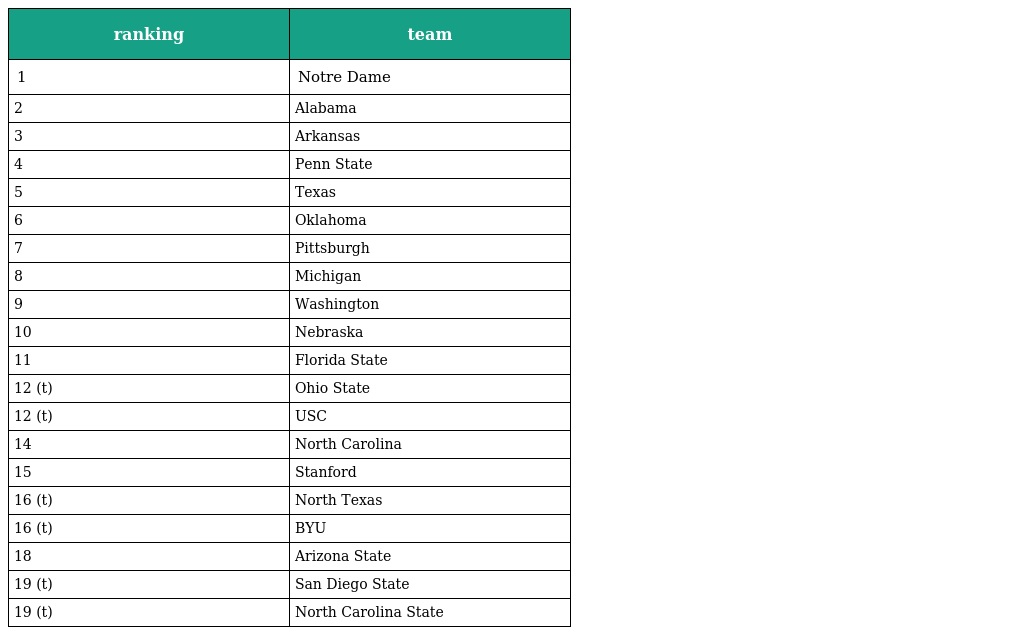
| ranking | team |
 | --- | --- |
 | 1 | Notre Dame |
 | 2 | Alabama |
 | 3 | Arkansas |
 | 4 | Penn State |
 | 5 | Texas |
 | 6 | Oklahoma |
 | 7 | Pittsburgh |
 | 8 | Michigan |
 | 9 | Washington |
 | 10 | Nebraska |
 | 11 | Florida State |
 | 12 (t) | Ohio State |
 | 12 (t) | USC |
 | 14 | North Carolina |
 | 15 | Stanford |
 | 16 (t) | North Texas |
 | 16 (t) | BYU |
 | 18 | Arizona State |
 | 19 (t) | San Diego State |
 | 19 (t) | North Carolina State |